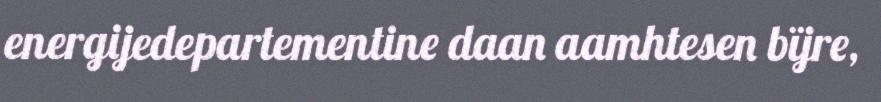
energijedepartementine daan aamhtesen bïjre,